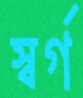
স্বর্গ